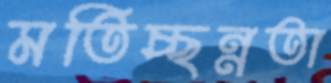
মতিচ্ছন্নতা